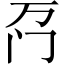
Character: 𫔬